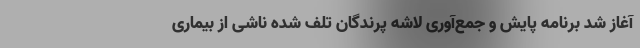
آغاز شد برنامه پایش و جمع‌آوری لاشه پرندگان تلف شده ناشی از بیماری